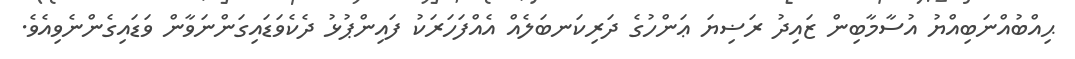
ޙިއްބުއްނަބިއްޔު އުސާމާބިން ޒައިދު ރަޟިޔަ ޢަންހުގެ ދަރިކަނބަލެއް އެއްފަހަރަކު ފައިންޕުޅު ދެކެވަޑައިގަންނަވާން ވަޑައިގެންނެވިއެވެ.